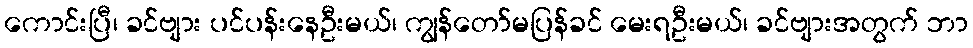
ကောင်းပြီ၊ ခင်ဗျား ပင်ပန်းနေဦးမယ်၊ ကျွန်တော်မပြန်ခင် မေးရဦးမယ်၊ ခင်ဗျားအတွက် ဘာ